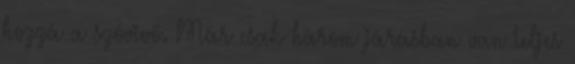
hozzá a szóvivő. Már csak három járásban van teljes